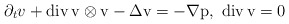
\begin{align*}\partial_{t}v+\rm{div}\,v\otimes v-\Delta v=-\nabla p,\,\,\rm{div}\,v=0\end{align*}